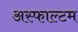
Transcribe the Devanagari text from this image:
अस्फाल्टम